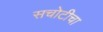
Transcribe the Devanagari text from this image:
सचोटीचा